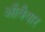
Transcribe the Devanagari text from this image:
औवैयार